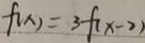
f ( x ) = 3 f ( x - 2 )